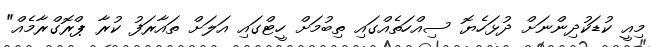
މިއީ ކުޑަކުދިންނަށް ދުޅަހެޔޮ ސިއްހަތެއްގައި ތިބުމަށް ހީޓްގައި އަލަށް ތައާރަފު ކުރާ ޕްރޮގްރާމެއް"